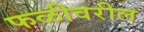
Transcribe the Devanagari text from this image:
फळीवरील